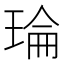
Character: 𤦎